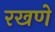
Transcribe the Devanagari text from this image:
रखणे